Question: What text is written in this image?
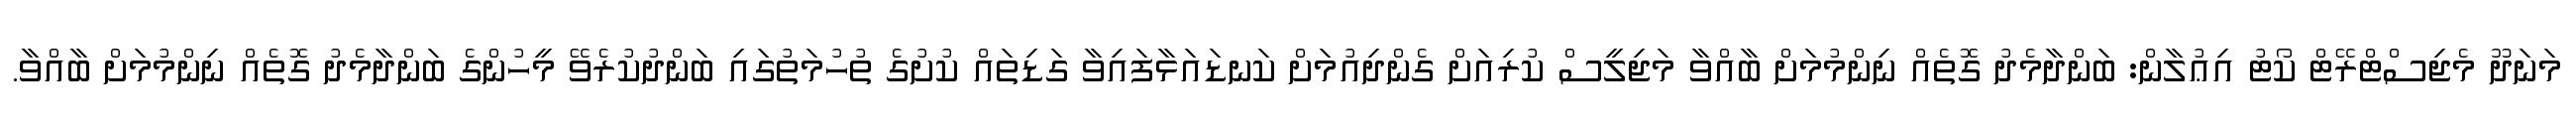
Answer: މަނަދޫ މެޖިސްޓްރޭޓް ކޯޓު އިޢުލާން: ބަންދާމެދު ގޮތެއް ނިންމުމަށް ބާއްވާ މަޖިލީސް ކުރިއަށް ގެންދިއުމަށް ކަނޑައަޅާފައިވާ ގަޑިތައް ކުށުގެ ތުހުމަތުގައި ބަންދުކުރެވޭ މީހުންގެ ބަންދާމެދު ގޮތެއް ނިންމުމަށް ބާއްވާ.